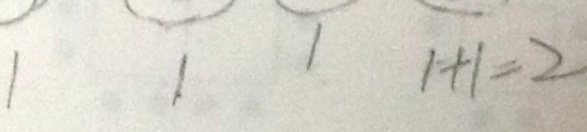
1 1 1 1 + 1 = 2